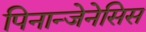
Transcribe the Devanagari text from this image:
पिनान्जेनेसिस